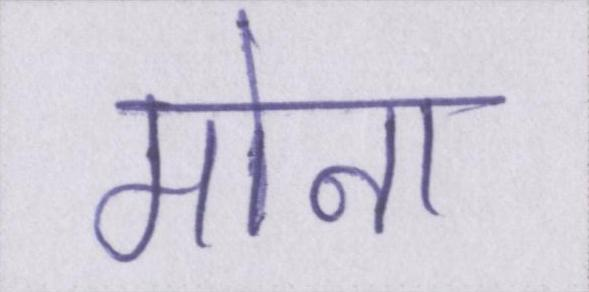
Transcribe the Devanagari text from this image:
मोना